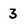
Character: 3